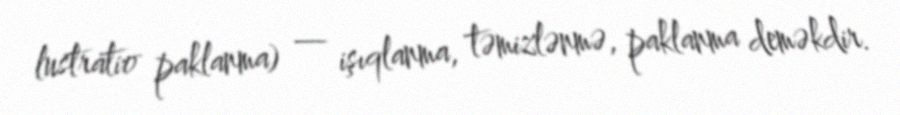
lustratio paklanma) — işıqlanma, təmizlənmə, paklanma deməkdir.